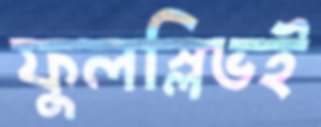
ফুলস্লিভই